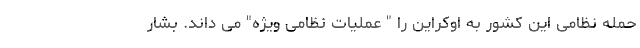
حمله نظامی این کشور به اوکراین را " عملیات نظامی ویژه" می داند. بشار